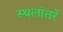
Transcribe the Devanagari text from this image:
स्थलांतरें